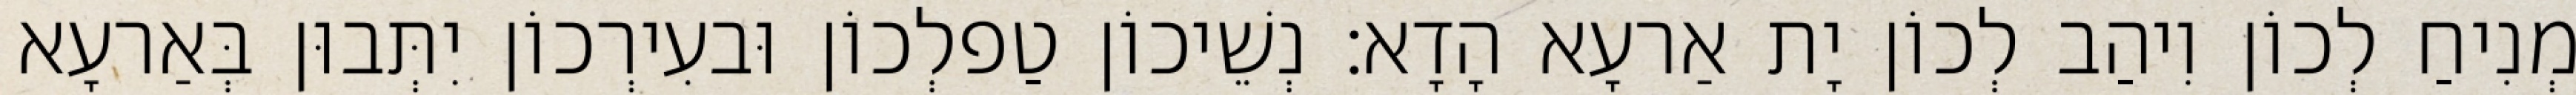
מְנִיחַ לְכוֹן וִיהַב לְכוֹן יָת אַרעָא הָדָא׃ נְשֵׁיכוֹן טַפלְכוֹן וּבעִירְכוֹן יִתְּבוּן בְּאַרעָא